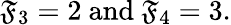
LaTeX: \mathfrak{F}_{3}=2{\mathrm{{~and~}}}\mathfrak{F}_{4}=3.